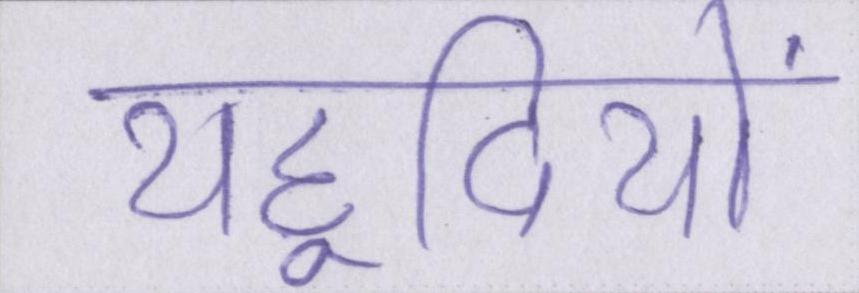
यहूदियों